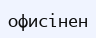
офисінен